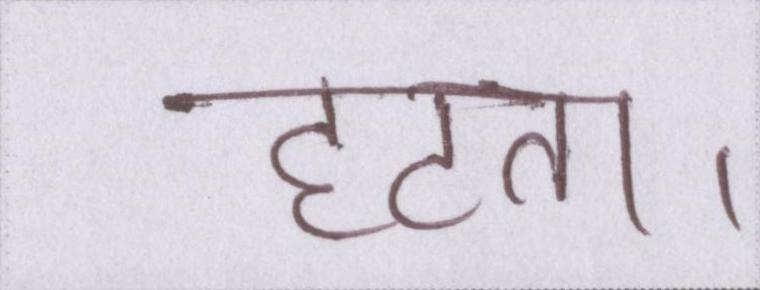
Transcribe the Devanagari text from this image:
हटता।